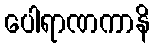
ပေါရာဏကာနိ